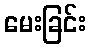
မေးခြင်း